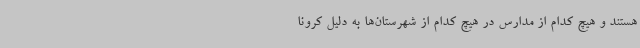
هستند و هیچ کدام از مدارس در هیچ کدام از شهرستان‌ها به دلیل کرونا